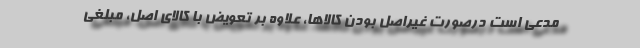
مدعی است درصورت غیراصل بودن کالاها، علاوه بر تعویض با کالای اصل، مبلغی